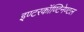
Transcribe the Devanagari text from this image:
इण्टरकॉण्टिनेण्टल